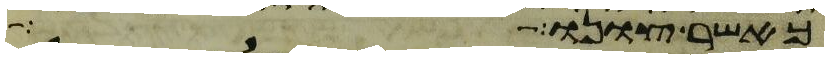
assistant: כאשר צונו